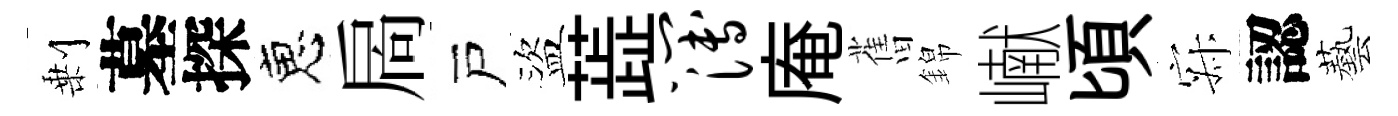
剰墓探恵扄戸盜蕋簿庵𦾔錦𪩘頃寂認藝